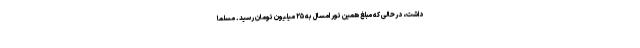
داشت، درحالی که مبلغ همین تور امسال به ۲۵ میلیون تومان رسید. مسلما